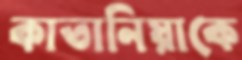
কাতানিয়াকে